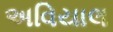
અવિયાલ